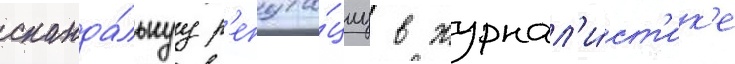
сканда́льнуу р'епута́циу в журнал'и́ст'ик'е